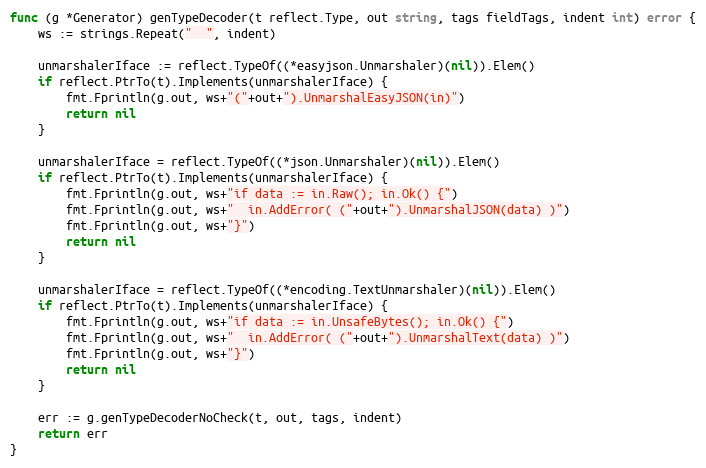
Language: Go
func (g *Generator) genTypeDecoder(t reflect.Type, out string, tags fieldTags, indent int) error {
	ws := strings.Repeat("  ", indent)

	unmarshalerIface := reflect.TypeOf((*easyjson.Unmarshaler)(nil)).Elem()
	if reflect.PtrTo(t).Implements(unmarshalerIface) {
		fmt.Fprintln(g.out, ws+"("+out+").UnmarshalEasyJSON(in)")
		return nil
	}

	unmarshalerIface = reflect.TypeOf((*json.Unmarshaler)(nil)).Elem()
	if reflect.PtrTo(t).Implements(unmarshalerIface) {
		fmt.Fprintln(g.out, ws+"if data := in.Raw(); in.Ok() {")
		fmt.Fprintln(g.out, ws+"  in.AddError( ("+out+").UnmarshalJSON(data) )")
		fmt.Fprintln(g.out, ws+"}")
		return nil
	}

	unmarshalerIface = reflect.TypeOf((*encoding.TextUnmarshaler)(nil)).Elem()
	if reflect.PtrTo(t).Implements(unmarshalerIface) {
		fmt.Fprintln(g.out, ws+"if data := in.UnsafeBytes(); in.Ok() {")
		fmt.Fprintln(g.out, ws+"  in.AddError( ("+out+").UnmarshalText(data) )")
		fmt.Fprintln(g.out, ws+"}")
		return nil
	}

	err := g.genTypeDecoderNoCheck(t, out, tags, indent)
	return err
}